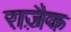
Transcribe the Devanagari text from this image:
राज़ैक